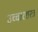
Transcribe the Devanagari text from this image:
उच्चारशस्त्र